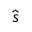
\hat { \boldsymbol { s } }